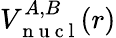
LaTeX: V_{\mathrm{~n~u~c~l~}}^{A,B}(r)